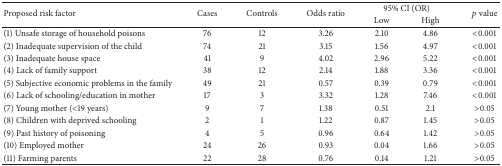
| <ROWSPAN=2> Proposed risk factor | <ROWSPAN=2> Cases | <ROWSPAN=2> Controls | <ROWSPAN=2> Odds ratio | <COLSPAN=2> 95% CI (OR) | <ROWSPAN=2> p value |
 | Low | High |
 | --- | --- | --- | --- | --- | --- | --- |
 | (1) Unsafe storage of household poisons | 76 | 12 | 3.26 | 2.10 | 4.86 | <0.001 |
 | (2) Inadequate supervision of the child | 74 | 21 | 3.15 | 1.56 | 4.97 | <0.001 |
 | (3) Inadequate house space | 41 | 9 | 4.02 | 2.96 | 5.22 | <0.001 |
 | (4) Lack of family support | 38 | 12 | 2.14 | 1.88 | 3.36 | <0.001 |
 | (5) Subjective economic problems in the family | 49 | 21 | 0.57 | 0.39 | 0.79 | <0.001 |
 | (6) Lack of schooling/education in mother | 17 | 3 | 3.32 | 1.28 | 7.46 | <0.001 |
 | (7) Young mother (<19 years) | 9 | 7 | 1.38 | 0.51 | 2.1 | >0.05 |
 | (8) Children with deprived schooling | 2 | 1 | 1.22 | 0.87 | 1.45 | >0.05 |
 | (9) Past history of poisoning | 4 | 5 | 0.96 | 0.64 | 1.42 | >0.05 |
 | (10) Employed mother | 24 | 26 | 0.93 | 0.04 | 1.66 | >0.05 |
 | (11) Farming parents | 22 | 28 | 0.76 | 0.14 | 1.21 | >0.05 |